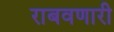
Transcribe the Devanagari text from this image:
राबवणारी